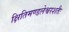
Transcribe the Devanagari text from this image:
क्षितिमण्डलेश्वरशतैः